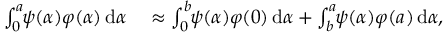
\begin{array} { r l } { \int _ { 0 } ^ { a _ { } } \! \! \boldsymbol { \psi } ( \alpha { } ) \boldsymbol { \varphi } ( \alpha { } ) \, \mathrm { d } \alpha { } } & { { } \approx \int _ { 0 } ^ { b _ { } } \! \! \boldsymbol { \psi } ( \alpha { } ) \boldsymbol { \varphi } ( 0 ) \, \mathrm { d } \alpha { } + \int _ { b _ { } } ^ { a _ { } } \! \! \boldsymbol { \psi } ( \alpha { } ) \boldsymbol { \varphi } ( { a _ { } } ) \, \mathrm { d } \alpha { } , } \end{array}